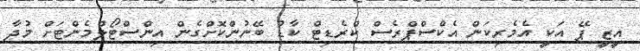
އީޒީ ޕޭ އަކީ އެމެރިކަން އެކްސްޕްރެސް ކްރެޑިޓް ކާޑު ބޭނުންކޮށްގެން އިންސްޓޯލްމެންޓަށް މުދާ